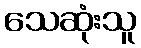
သေဆုံးသူ